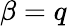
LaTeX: \beta=q